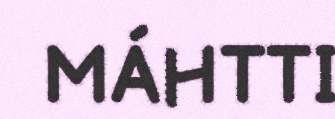
MÁHTTI